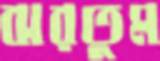
ঝরতুম